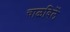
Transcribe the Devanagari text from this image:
चाळविलें